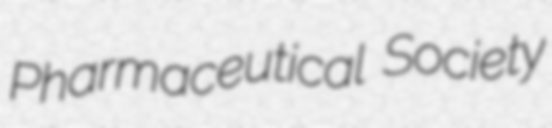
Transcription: Pharmaceutical Society